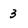
Character: 3